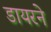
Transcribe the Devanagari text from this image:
डायरने